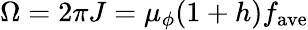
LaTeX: \Omega=2\pi J=\mu_{\phi}(1+h)f_{\mathrm{ave}}